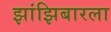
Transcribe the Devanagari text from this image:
झांझिबारला